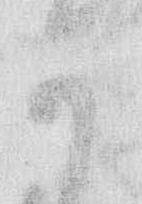
可